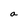
Character: a